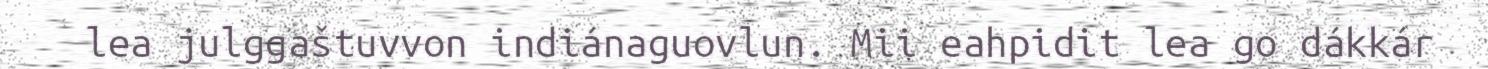
lea julggaštuvvon indiánaguovlun. Mii eahpidit lea go dákkár